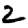
Digit: 2